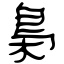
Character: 梟